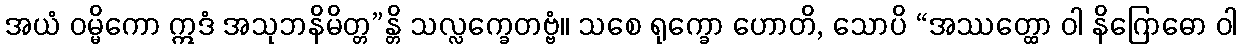
အယံ ဝမ္မိကော ဣဒံ အသုဘနိမိတ္တ”န္တိ သလ္လက္ခေတဗ္ဗံ။ သစေ ရုက္ခော ဟောတိ, သောပိ “အဿတ္ထော ဝါ နိဂြောဓော ဝါ